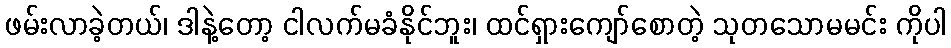
ဖမ်းလာခဲ့တယ်၊ ဒါနဲ့တော့ ငါလက်မခံနိုင်ဘူး၊ ထင်ရှားကျော်စောတဲ့ သုတသောမမင်း ကိုပါ